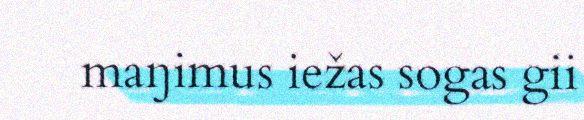
maŋimus iežas sogas gii